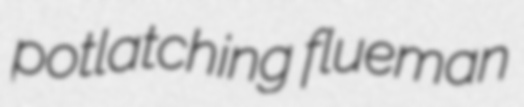
potlatching flueman